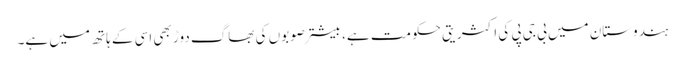
ہندوستان میں بی جی پی کی اکثریتی حکومت ہے، بیشتر صوبوں کی بھاگ دوڑ بھی اسی کے ہاتھ میں ہے۔